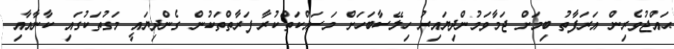
ޙައްޖުވެރިން އަރަފާތު ބިމަށް ޖަމާވަމުންދިޔައިރު ހިލޭސާބަހަށް މަސައްކަތްކުރާ ފަރާތްތަކުން ގެންދިޔައީ މަގުތަކުގައި ކާނާއާއި